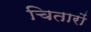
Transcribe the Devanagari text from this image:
चितारों